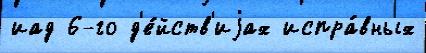
иад 6-го д'е́йств'иjах испра́вных